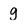
Character: g